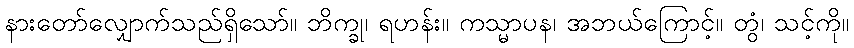
နားတော်လျှောက်သည်ရှိသော်။ ဘိက္ခု၊ ရဟန်း။ ကသ္မာပန၊ အဘယ်ကြောင့်။ တွံ၊ သင့်ကို။